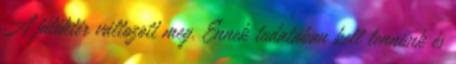
A játéktér változott meg. Ennek tudatában kell lennünk és